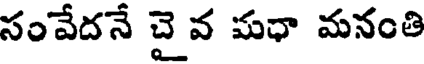
సంవేదనే చై వ మధా మనంతి